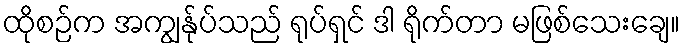
ထိုစဉ်က အကျွန်ုပ်သည် ရုပ်ရှင် ဒါ ရိုက်တာ မဖြစ်သေးချေ။